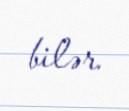
bilər.